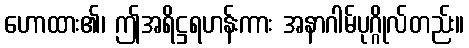
ဟောထား၏၊ ဤအရိဋ္ဌရဟန်းကား အနာဂါမ်ပုဂ္ဂိုလ်တည်း။